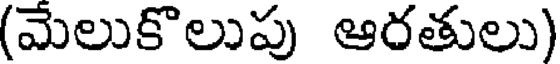
(మేలుకొలుపు ఆరతులు)